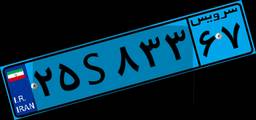
۵۹S۰۶۶۶۹